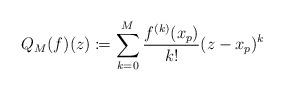
LaTeX: \begin{align*} Q_M(f)(z) \coloneqq \sum_{k=0}^M \frac{f^{(k)}(x_p)}{k!} (z-x_p)^k\end{align*}